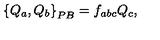
\left\{ Q _ { a } , Q _ { b } \right\} _ { { \footnotesize P B } } = f _ { a b c } Q _ { c } ,